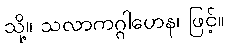
သို့။ သလာကဂ္ဂါဟေန၊ ဖြင့်။